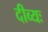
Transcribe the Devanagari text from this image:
दीव्यः